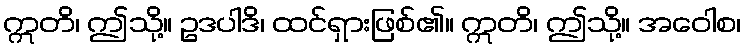
ဣတိ၊ ဤသို့။ ဥဒပါဒိ၊ ထင်ရှားဖြစ်၏။ ဣတိ၊ ဤသို့။ အဝေါစ၊